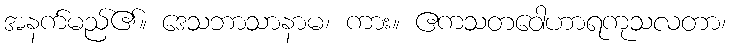
အနက်မည်၏။ ဒေသဘာသာနာမ၊ ကား။ ဧကသတဝေါဟာရကုသလတာ၊